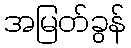
အမြတ်ခွန်